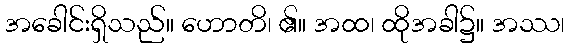
အခေါင်းရှိသည်။ ဟောတိ၊ ၏။ အထ၊ ထိုအခါ၌။ အဿ၊